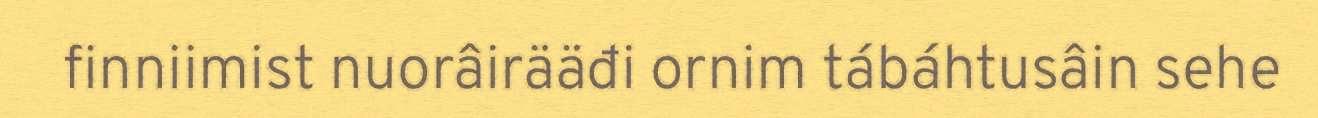
finniimist nuorâirääđi ornim tábáhtusâin sehe